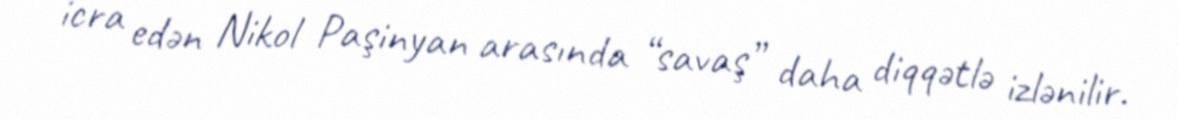
icra edən Nikol Paşinyan arasında “savaş” daha diqqətlə izlənilir.